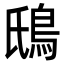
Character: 䲭